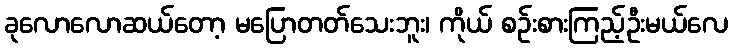
ခုလောလောဆယ်တော့ မပြောတတ်သေးဘူး၊ ကိုယ် စဉ်းစားကြည့်ဦးမယ်လေ